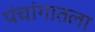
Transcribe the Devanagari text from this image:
पंचांगातला